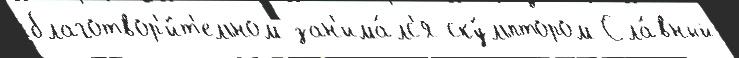
благотвор'и́т'ельном зан'има́лс'я ску́льптором Сла́вный